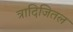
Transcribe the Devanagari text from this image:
त्रादिजितल